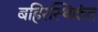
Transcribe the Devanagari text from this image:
बहिरस्थिकंद